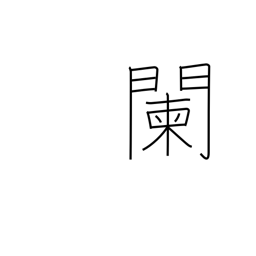
Meaning: be well along